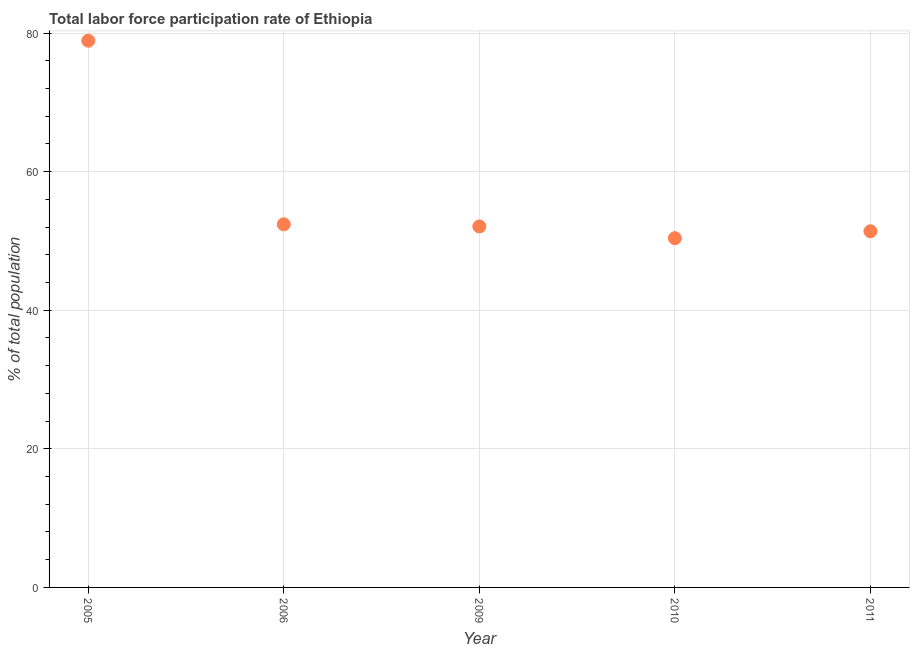
| Year | Labor force participation rate for ages 15-24 total |
 | --- | --- |
 | 2005 | 78.9 |
 | 2006 | 52.4 |
 | 2009 | 52.1 |
 | 2010 | 50.4 |
 | 2011 | 51.4 |